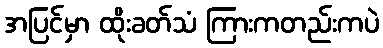
အပြင်မှာ ထိုးခတ်သံ ကြားကတည်းကပဲ